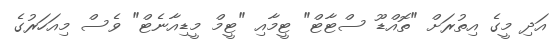
އަދި މީގެ އިތުރަށް "ތޮއްޑޫ ސްޓާޓް" ޓީމާއި "ޓީމް މީޑިއާނެޓް" ވެސް މިއަހަރުގެ